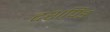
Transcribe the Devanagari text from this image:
दशपिंड